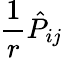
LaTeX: \frac{1}{r}\hat{P}_{ij}